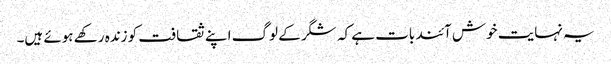
یہ نہایت خوش آئند بات ہے کہ شگر کے لوگ اپنے ثقافت کو زندہ رکھے ہوئے ہیں۔